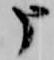
申